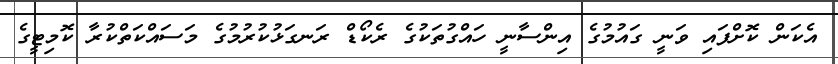
އެކަން ކޮށްފައި ވަނީ ގައުމުގެ އިންސާނީ ހައްގުތަކުގެ ރެކޯޑް ރަނގަޅުކުރުމުގެ މަސައްކަތްކުރާ ކޮމިޓީގެ